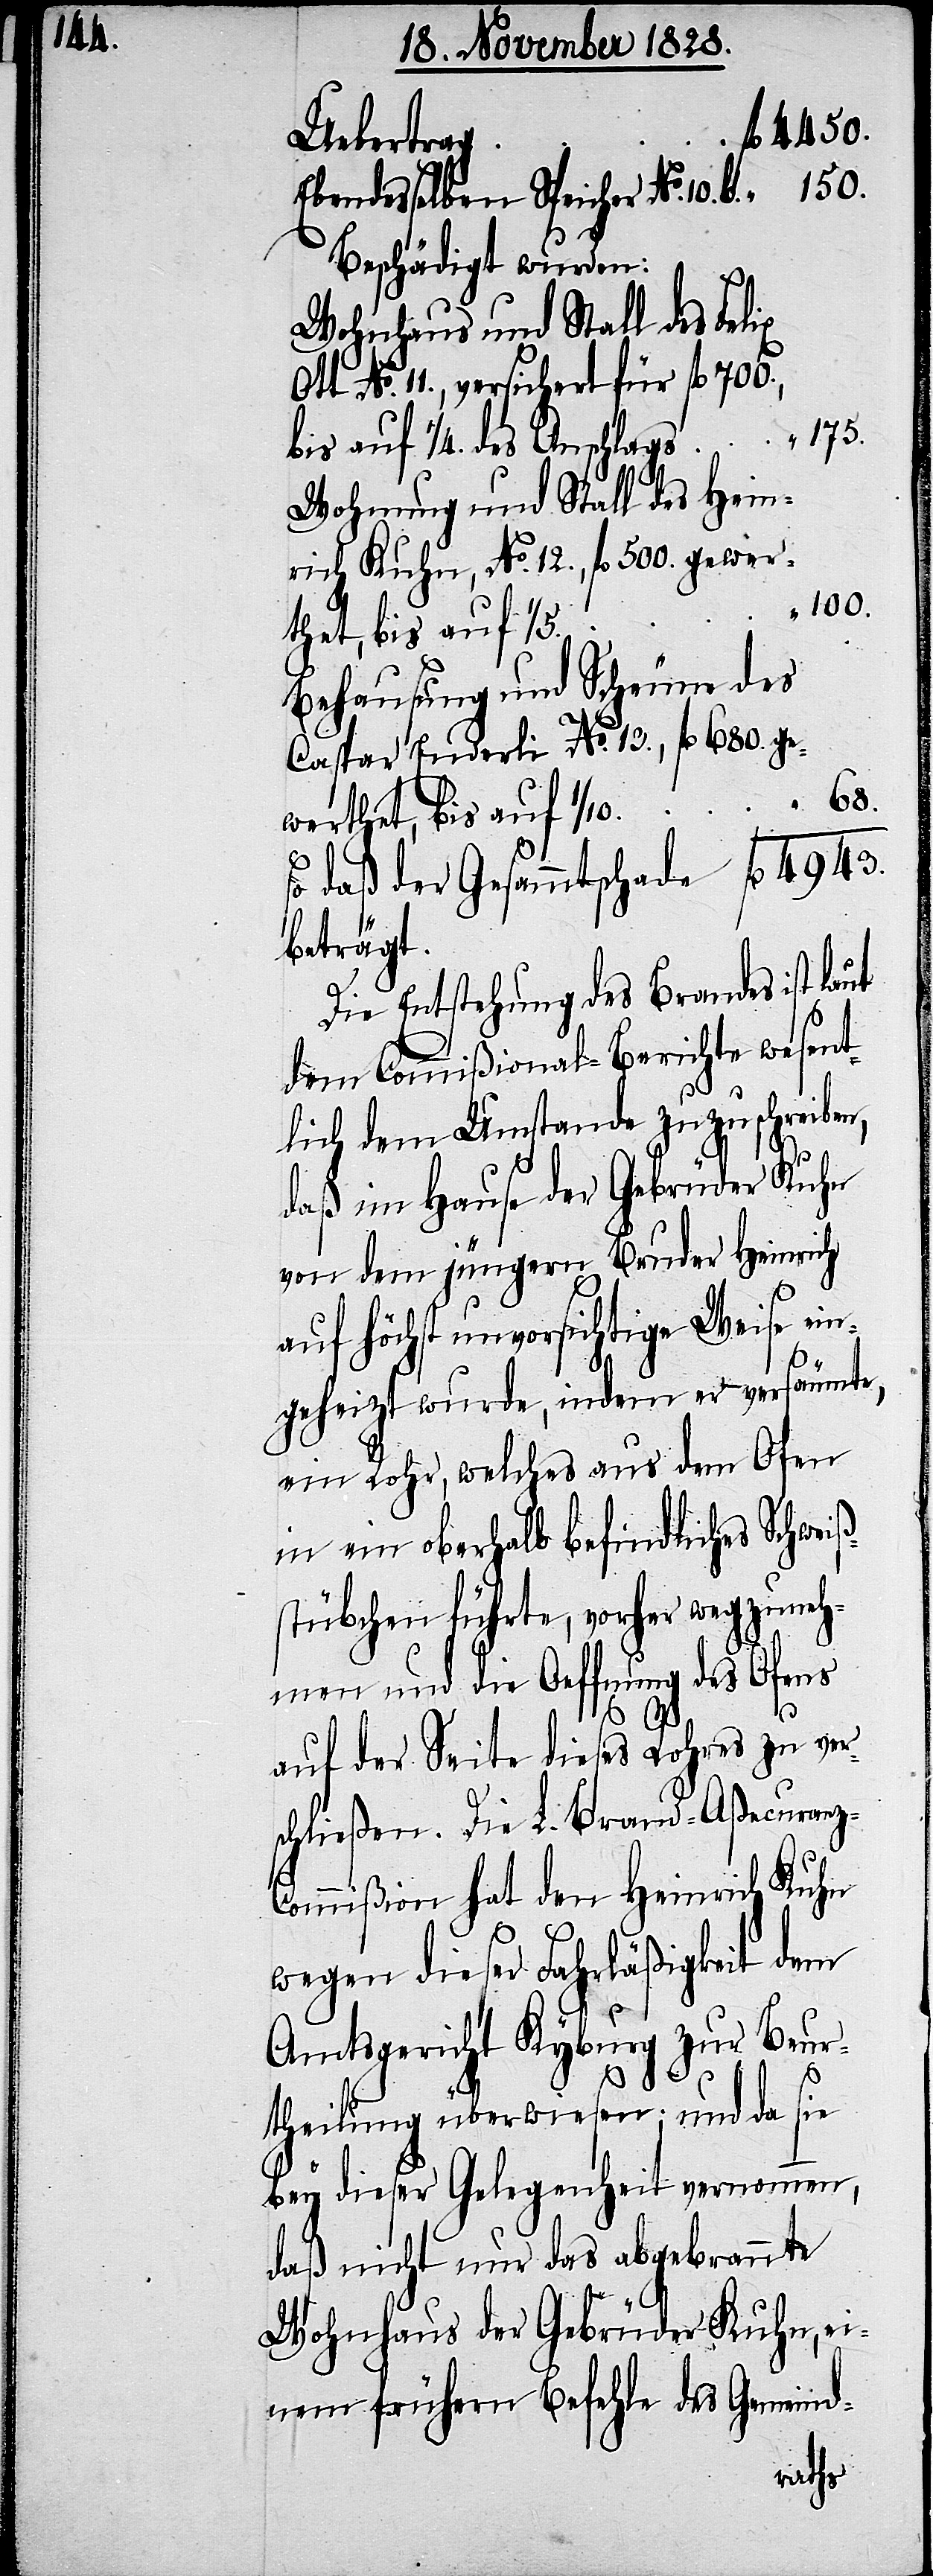
4943.

Ebendesselben Speicher No. 10.
Beschädigt wurden:
Wohnhaus und Stall des Felix
No. 11., versichert für fl. 700.,
175.
bis auf 1/4. des Anschlags
Wohnung und Stall des Hein¬
rich Kuhn, No. 12., fl. 500. gewer¬
100.
thet, bis auf 1/5.
Behausung und Scheune des
Caspar Enderli No. 13., fl. 680. ge¬
werthet, bis auf 1/10.
So daß der Gesammschade
beträgt.
Die Entstehung des Brandes ist laut
dem Commißional-Berichte wesent¬
lich dem Umstande zuzuschreiben,
fl.
daß im Hause der Gebrüder Kuhn
von dem jüngern Bruder Heinrich
auf höchst unvorsichtige Weise ein¬
geheizt wurde, indem er versäumte,
ein Rohr, welches aus dem Ofen
in ein oberhalb befindliches Schweiß¬
stübchen führte, vorher wegzuneh¬
men und die Oeffnung des Ofens
auf der Seite dieses Rohres zu ver¬
schließen. Die L. Brand-Aßecuran¬
ommißion hat den Heinrich Kuhn
wegen dieser Fahrläßigkeit dem
Amtsgericht Kyburg zur Beur¬
150.
“
z-C¬
theilung überwiesen; und da sie
bey dieser Gelegenheit vernommen,
daß nicht nur das abgebrannte
Wohnhaus der Gebrüder Kuhn ei¬
nem frühern Befehle des Gemeind-